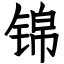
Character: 锦